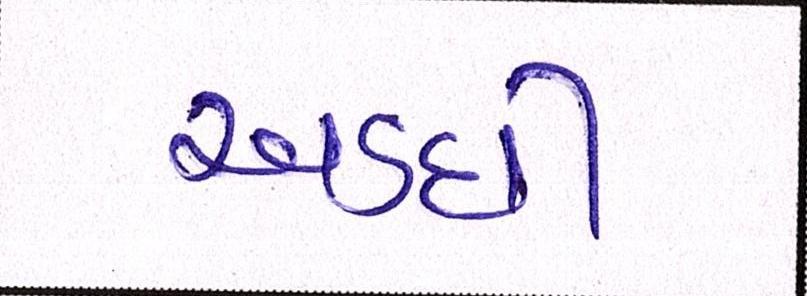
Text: અડધી